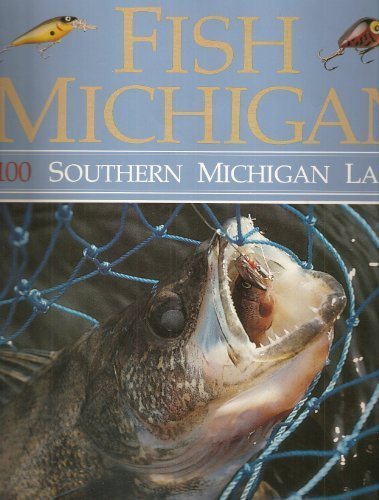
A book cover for Fish Michigan: One Hundred Southern Michigan Lakes: How To, When To, Where To; Tom Huggler; Travel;